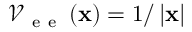
\mathcal { V } _ { \mathrm { ~ e ~ e ~ } } \left( { \bf x } \right) = 1 / \left| { \bf x } \right|